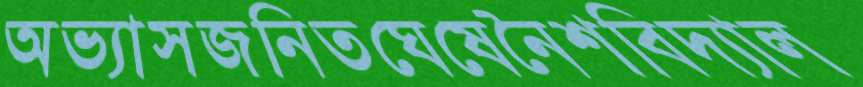
অভ্যাসজনিতঘেষেনৈশবিদ্যাল